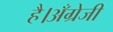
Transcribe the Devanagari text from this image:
है।अँग्रेजी